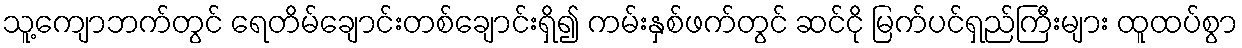
သူ့ကျောဘက်တွင် ရေတိမ်ချောင်းတစ်ချောင်းရှိ၍ ကမ်းနှစ်ဖက်တွင် ဆင်ငို မြက်ပင်ရှည်ကြီးများ ထူထပ်စွာ